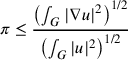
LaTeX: \pi \leq { \frac { \left( \int _ { G } | \nabla u | ^ { 2 } \right) ^ { 1 / 2 } } { \left( \int _ { G } | u | ^ { 2 } \right) ^ { 1 / 2 } } }